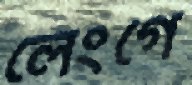
লেংগে